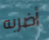
أضربه